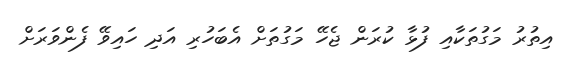
އިތުރު މަގުތަކާއި ފުޅާ ކުރަން ޖެހޭ މަގުތަށް އެބަހުރި އަދި ހައިވޭ ފެންވަރަށް